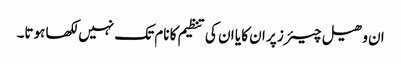
ان وھیل چیئرز پر ان کا یا ان کی تنظیم کا نام تک نہیں لکھا ہوتا۔